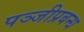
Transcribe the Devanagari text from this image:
पञ्जीप्रबन्ध